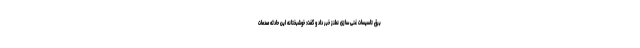
برق تاسیسات غنی سازی نطنز خبر داد و گفت: خوشبختانه این حادثه صدمات